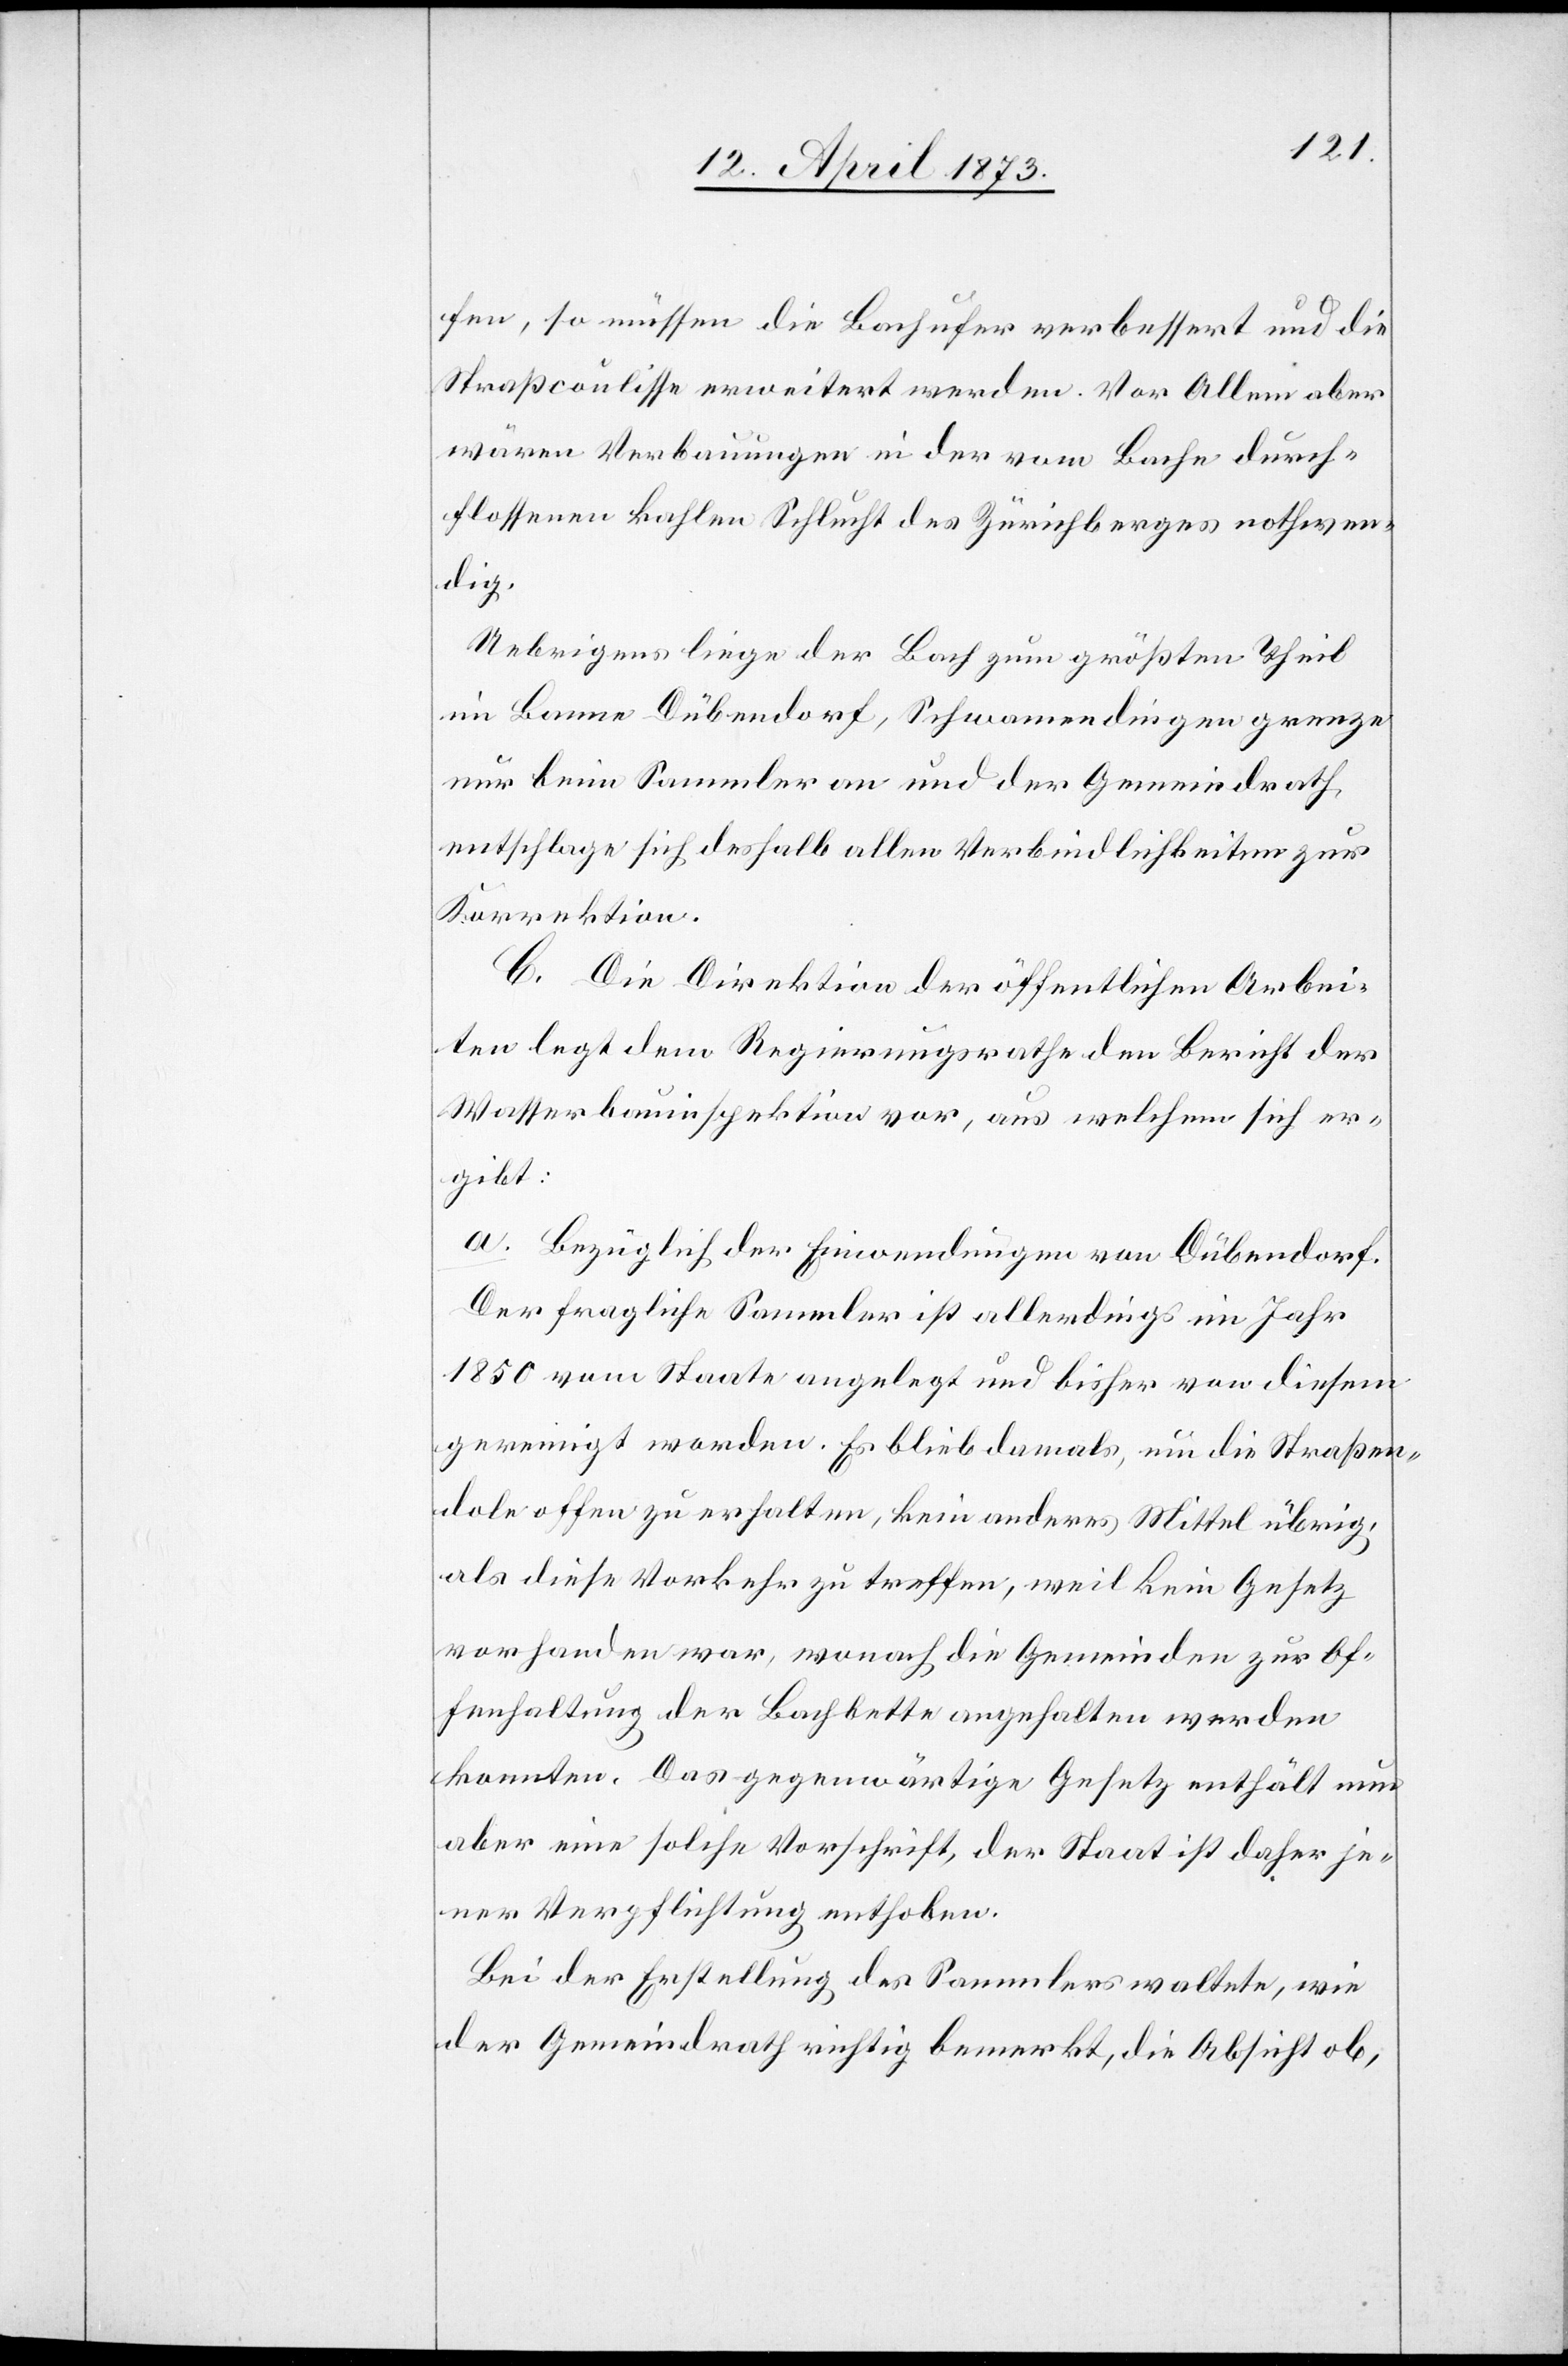
fen so müssen die Bachufer verbessert und die
Straßcoulisse erweitert werden. Vor Allem aber
wären Verbauungen in der vom Bache durch¬
flossenen kahlen Schlucht des Zürichberges nothwen¬
dig.
Uebrigens liege der Bach zum größten Theil
im Banne Dübendorf, Schwamendingen grenze
nur beim Sammler an und der Gemeindrath
entschlage sich deshalb allen Verbindlichkeiten zur
Korrektion.
C. Die Direktion der öffentlichen Arbei¬
ten legt dem Regierungsrathe den Bericht der
Wasserbauinspektion vor, aus welchem sich er¬
gibt:
a. Bezüglich der Einwendungen von Dübendorf.
Der fragliche Sammler ist allerdings im Jahr
1859 vom Staate angelegt und bisher von diesem
gereinigt worden. Es blieb damals, um die Straßen¬
dole offen zu erhalten, kein anderes Mittel übrig,
als diese Vorkehr zu treffen, weil kein Gesetz
vorhanden war, wonach die Gemeinden zur Of¬
fenhaltung der Bachbette angehalten werden
konnten. Das gegenwärtige Gesetz enthält nun
aber eine solche Vorschrift, der Staat ist daher je¬
ner Verpflichtung enthoben.
Bei der Erstellung des Sammlers waltete, wie
der Gemeindrath richtig bemerkt, die Absicht ob,